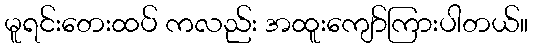
မူရင်းတေးထပ် ကလည်း အထူးကျော်ကြားပါတယ်။